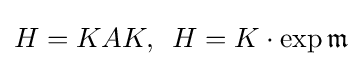
\displaystyle {H=KAK,\,\,\,H=K\cdot \exp {\mathfrak {m}}}